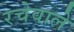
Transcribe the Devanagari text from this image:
रचेवाले